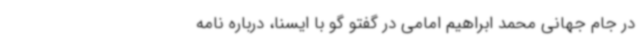
در جام جهانی محمد ابراهیم امامی در گفتو گو با ایسنا، درباره نامه